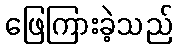
ဖြေကြားခဲ့သည်